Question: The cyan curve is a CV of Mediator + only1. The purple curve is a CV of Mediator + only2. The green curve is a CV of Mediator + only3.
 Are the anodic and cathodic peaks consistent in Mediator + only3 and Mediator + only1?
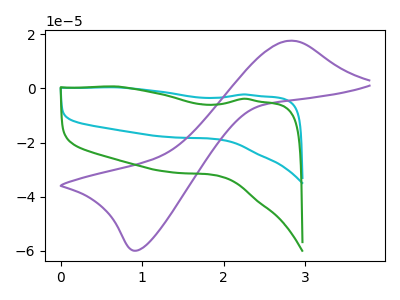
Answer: <think>The cyan curve "Mediator + only1" has no peaks. The purple curve "Mediator + only2" has an anodic peak at (2.80V, 17.65uA) and a cathodic peak at (0.95V, -59.90uA). The green curve "Mediator + only3" has no peaks.</think>
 <answer>Niether CV has any peaks.</answer>
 <eval>blanks</eval>